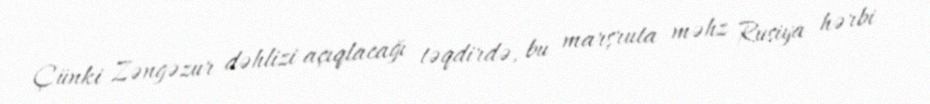
Çünki Zəngəzur dəhlizi açıqlacağı təqdirdə, bu marşruta məhz Rusiya hərbi